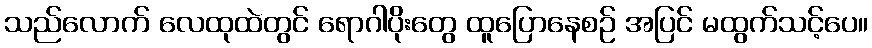
သည်လောက် လေထုထဲတွင် ရောဂါပိုးတွေ ထူပြောနေစဉ် အပြင် မထွက်သင့်ပေ။